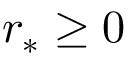
r _ { * } \ge 0